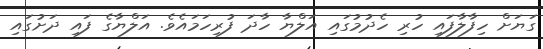
ގަޔަށް ހިފާލާފައި ހުރި ހެދުމުގައި އަލްޔާ ހާދަ ފުރިހަމައެވެ. އަލްޔާގެ ފައި ދަށުގައި